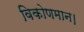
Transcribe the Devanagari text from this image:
विकोणमान।